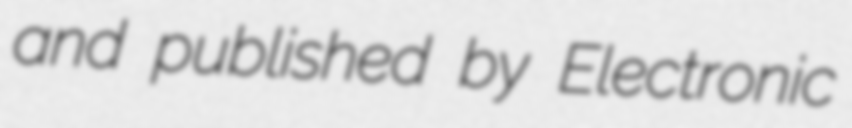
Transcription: and published by Electronic